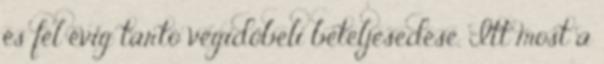
és fél évig tartó végidőbeli beteljesedése. Itt most a